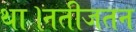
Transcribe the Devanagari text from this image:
था।नतीजतन